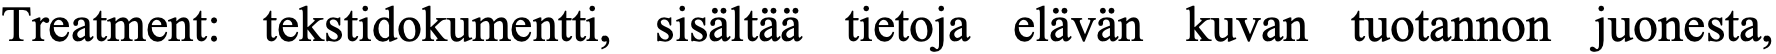
Treatment: tekstidokumentti, sisältää tietoja elävän kuvan tuotannon juonesta,